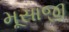
મૂસાજી